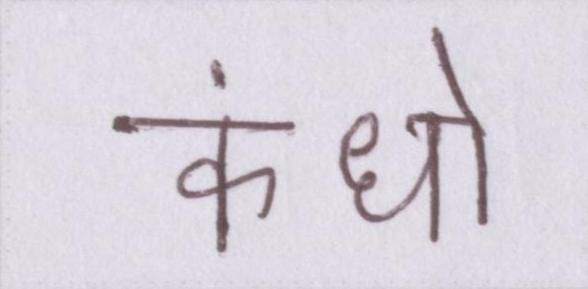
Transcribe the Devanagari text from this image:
कंधो